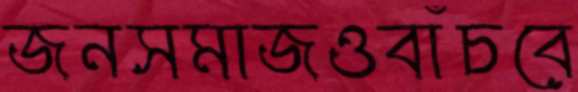
জনসমাজওবাঁচবে